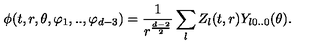
\phi ( t , r , \theta , \varphi _ { 1 } , . . , \varphi _ { d - 3 } ) = \frac { 1 } { r ^ { \frac { d - 2 } { 2 } } } \sum _ { l } Z _ { l } ( t , r ) Y _ { l 0 . . 0 } ( \theta ) .